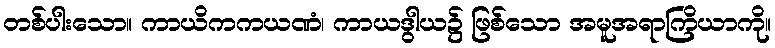
တစ်ပါးသော။ ကာယိကကယဏံ၊ ကာယဒွါယ၌ ဖြစ်သော အမူအရာကြိယာကို။